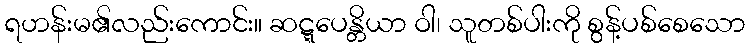
ရဟန်းမ၏လည်းကောင်း။ ဆဋ္ဋပေန္တိယာ ဝါ၊ သူတစ်ပါးကို စွန့်ပစ်စေသော